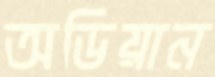
অডিয়ান